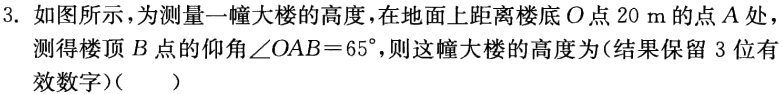
3. 如图所示，为测量一幢大楼的高度，在地面上距离楼底\(O\)点\(20\ m\)的点\(A\)处测得楼顶\(B\)点的仰角\(\angle OAB = 65^{\circ}\)，则这幢大楼的高度为(结果保留\(3\)位有效数字)（  ）